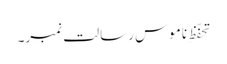
تحفّظِ ناموسِ رسالت نمبر۔